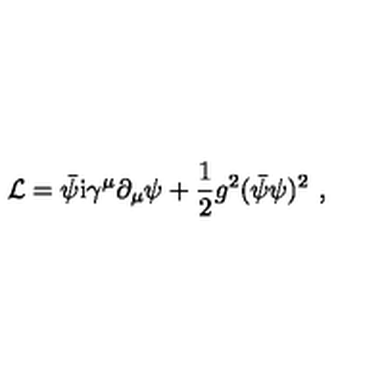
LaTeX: { \cal L } = \bar { \psi } \mathrm { i } \gamma ^ { \mu } \partial _ { \mu } \psi + \frac { 1 } { 2 } g ^ { 2 } ( \bar { \psi } \psi ) ^ { 2 } \ ,